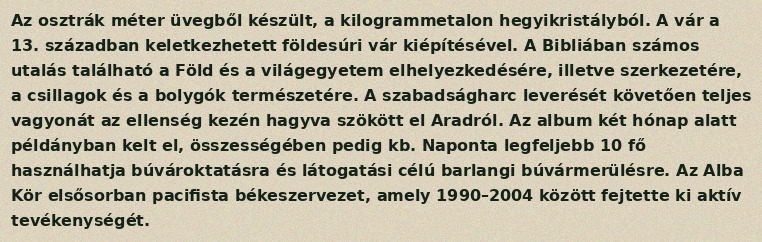
Az osztrák méter üvegből készült, a kilogrammetalon hegyikristályból. A vár a 13. században keletkezhetett földesúri vár kiépítésével. A Bibliában számos utalás található a Föld és a világegyetem elhelyezkedésére, illetve szerkezetére, a csillagok és a bolygók természetére. A szabadságharc leverését követően teljes vagyonát az ellenség kezén hagyva szökött el Aradról. Az album két hónap alatt példányban kelt el, összességében pedig kb. Naponta legfeljebb 10 fő használhatja búvároktatásra és látogatási célú barlangi búvármerülésre. Az Alba Kör elsősorban pacifista békeszervezet, amely 1990–2004 között fejtette ki aktív tevékenységét.